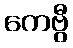
ကေဗွီ